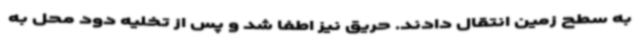
به سطح زمین انتقال دادند. حریق نیز اطفا شد و پس از تخلیه دود محل به